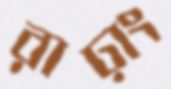
রাঢ়াং